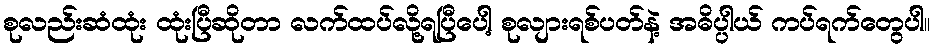
စုလည်းဆံထုံး ထုံးပြီဆိုတာ လက်ထပ်လို့ရပြီပေါ့ စုလျားရစ်ပတ်နဲ့ အဓိပ္ပါယ် ကပ်ရက်တွေပါ။